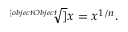
{ \sqrt [ [object Object] ] { x } } = x ^ { 1 / n } .